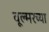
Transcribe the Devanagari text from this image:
वूल्मरच्या